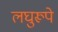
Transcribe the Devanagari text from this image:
लघुरूपे